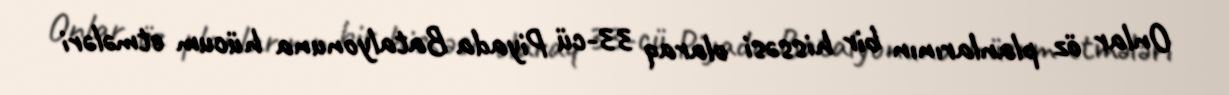
Onlar öz planlarının bir hissəsi olaraq 33-cü Piyada Batalyonuna hücum etmələri